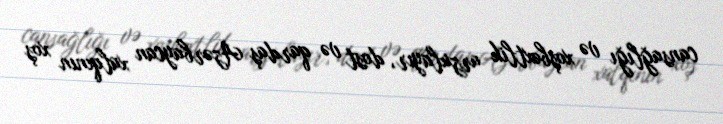
cansağlığı və xoşbəxtlik arzulayır, dost və qardaş Azərbaycan xalqının xoş